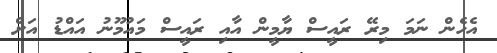
އެހެން ނަމަ މިރޭ ރައީސް ޔާމީން އާއި ރައީސް މައުމޫނު އައްޑު އަށް